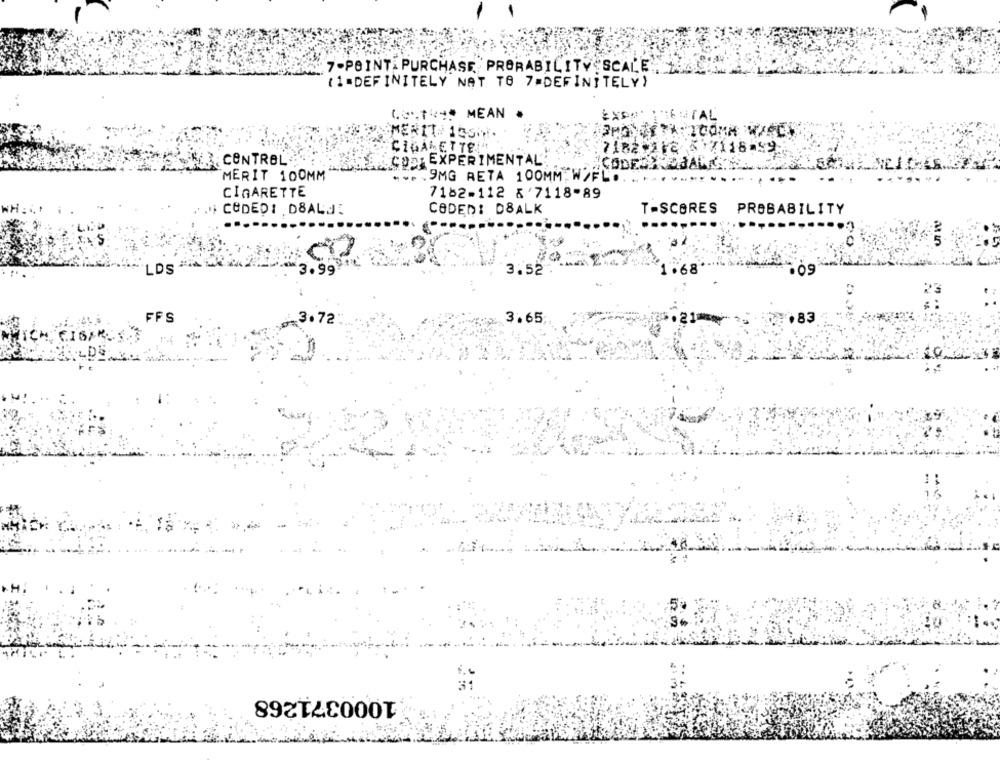
7-POINT PURCHASE PROBABILITY SCALE
(1=DEFINITELY NAT TO 7=DEFINITELY)
60.14 ** MEAN
MERIT- 1336.
CIGARETTE
7118-
COD. EXPERIMENTAL
CONTROL
CODES
MERIT 100MM
.... 9MG RETA 100MM, W/FL.
CIGARETTE
7182-112 8'7118-89
* CODEDI DSALJ:
CODED: D8ALK
T-SCORES PROBABILITY
00
LDS
3.99
3.52
68
109
FFS
3.72
3.65
83
1000371268